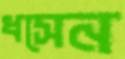
ধসেন